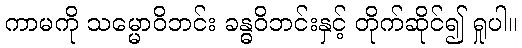
ကာမကို သမ္မောဝိဘင်း ခန္ဓဝိဘင်းနှင့် တိုက်ဆိုင်၍ ရှုပါ။